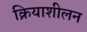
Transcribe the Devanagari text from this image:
क्रियाशीलन